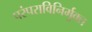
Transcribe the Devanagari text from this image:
परंपराविनिर्मुक्त